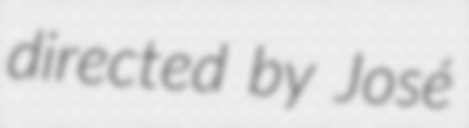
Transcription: directed by José